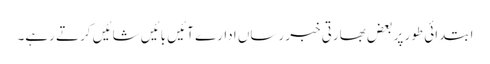
ابتدائی طور پر بعض بھارتی خبر رساں ادارے آئیں بائیں شائیں کرتے رہے۔